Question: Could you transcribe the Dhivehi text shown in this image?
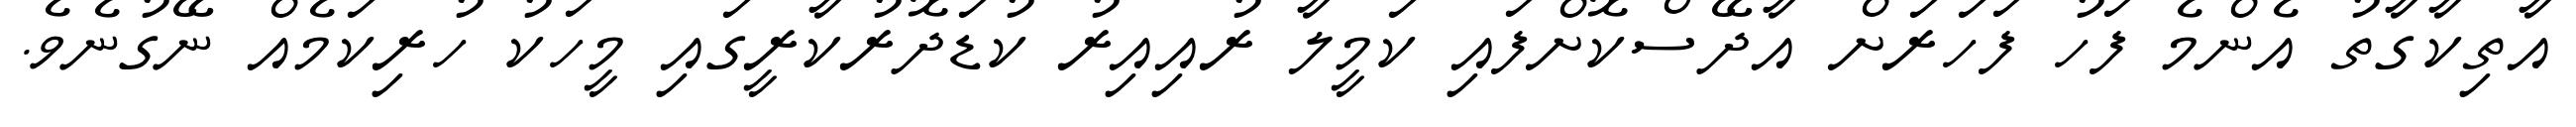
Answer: އާތިކާގާތު އެންމެ ފަހު ފަހަރަށް އާދޭސްކޮށްފައި ކަމީލާ ރުއިއިރު ކުޑަދޮރުކާރީގައި މީހަކު ހުރިކަމެއް ނޭގުނެވެ.